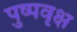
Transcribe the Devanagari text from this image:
पुष्पवृक्ष